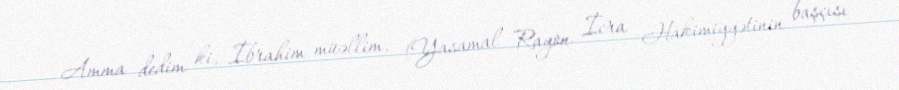
Amma dedim ki, İbrahim müəllim, (Yasamal Rayon İcra Hakimiyyətinin başçısı